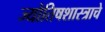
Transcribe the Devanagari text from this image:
ज्योतिषशास्त्राचे